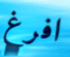
افرغ